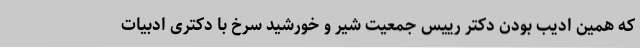
که همین ادیب بودن دکتر رییس جمعیت شیر و خورشید سرخ با دکتری ادبیات